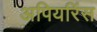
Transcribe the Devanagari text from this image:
अपियरिंस